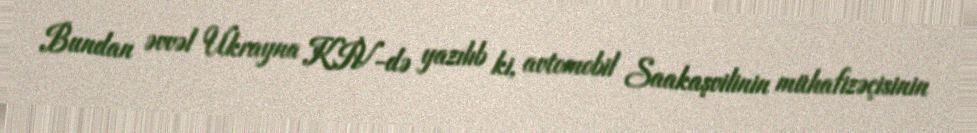
Bundan əvvəl Ukrayna KİV-də yazılıb ki, avtomobil Saakaşvilinin mühafizəçisinin